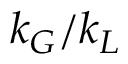
k _ { G } / k _ { L }